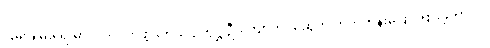
ငြိမ်းချမ်းရေးမှာ ပါဝင်လာဖို့ ဒုတိယ ဥက္ကဋ္ဌ ဦးကျော်တင့်ဆွေက တိုက်တွန်းပြောကြားခဲ့တာပါ။